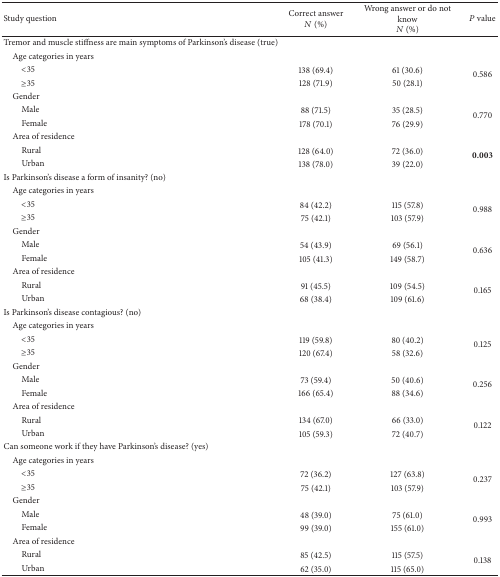
<table><thead><tr><td><b>Study question </b></td><td><b>Correct answer<i>N</i> (%)</b></td><td><b>Wrong answer or do not know<i>N</i> (%)</b></td><td><b><i>P</i> value</b></td></tr></thead><tbody><tr><td>Tremor and muscle stiffness are main symptoms of Parkinson&#x27;s disease (true)</td><td> </td><td> </td><td> </td></tr><tr><td> Age categories in years</td><td> </td><td> </td><td> </td></tr><tr><td>&lt;35 </td><td>138 (69.4)</td><td>61 (30.6)</td><td rowspan="2">0.586</td></tr><tr><td>≥35</td><td>128 (71.9)</td><td>50 (28.1)</td></tr><tr><td> Gender</td><td> </td><td> </td><td> </td></tr><tr><td>Male</td><td>88 (71.5)</td><td>35 (28.5)</td><td rowspan="2">0.770</td></tr><tr><td>Female</td><td>178 (70.1)</td><td>76 (29.9)</td></tr><tr><td> Area of residence</td><td> </td><td> </td><td> </td></tr><tr><td>Rural </td><td>128 (64.0)</td><td>72 (36.0)</td><td rowspan="2"><b>0.003</b></td></tr><tr><td>Urban</td><td>138 (78.0)</td><td>39 (22.0)</td></tr><tr><td>Is Parkinson&#x27;s disease a form of insanity? (no)</td><td> </td><td> </td><td> </td></tr><tr><td> Age categories in years</td><td> </td><td> </td><td> </td></tr><tr><td>&lt;35 </td><td>84 (42.2)</td><td>115 (57.8)</td><td rowspan="2">0.988</td></tr><tr><td>≥35</td><td>75 (42.1)</td><td>103 (57.9)</td></tr><tr><td> Gender</td><td> </td><td> </td><td> </td></tr><tr><td>Male</td><td>54 (43.9)</td><td>69 (56.1)</td><td rowspan="2">0.636</td></tr><tr><td>Female</td><td>105 (41.3)</td><td>149 (58.7)</td></tr><tr><td> Area of residence</td><td> </td><td> </td><td> </td></tr><tr><td>Rural </td><td>91 (45.5)</td><td>109 (54.5)</td><td rowspan="2">0.165</td></tr><tr><td>Urban</td><td>68 (38.4)</td><td>109 (61.6)</td></tr><tr><td>Is Parkinson&#x27;s disease contagious? (no)</td><td> </td><td> </td><td> </td></tr><tr><td> Age categories in years</td><td> </td><td> </td><td> </td></tr><tr><td>&lt;35 </td><td>119 (59.8)</td><td>80 (40.2)</td><td rowspan="2">0.125</td></tr><tr><td>≥35</td><td>120 (67.4)</td><td>58 (32.6)</td></tr><tr><td> Gender</td><td> </td><td> </td><td> </td></tr><tr><td>Male</td><td>73 (59.4)</td><td>50 (40.6)</td><td rowspan="2">0.256</td></tr><tr><td>Female</td><td>166 (65.4)</td><td>88 (34.6)</td></tr><tr><td> Area of residence</td><td> </td><td> </td><td> </td></tr><tr><td>Rural </td><td>134 (67.0)</td><td>66 (33.0)</td><td rowspan="2">0.122</td></tr><tr><td>Urban</td><td>105 (59.3)</td><td>72 (40.7)</td></tr><tr><td>Can someone work if they have Parkinson&#x27;s disease? (yes)</td><td> </td><td> </td><td> </td></tr><tr><td> Age categories in years</td><td> </td><td> </td><td> </td></tr><tr><td>&lt;35 </td><td>72 (36.2)</td><td>127 (63.8)</td><td rowspan="2">0.237</td></tr><tr><td>≥35</td><td>75 (42.1)</td><td>103 (57.9)</td></tr><tr><td> Gender</td><td> </td><td> </td><td> </td></tr><tr><td>Male</td><td>48 (39.0)</td><td>75 (61.0)</td><td rowspan="2">0.993</td></tr><tr><td>Female</td><td>99 (39.0)</td><td>155 (61.0)</td></tr><tr><td> Area of residence</td><td> </td><td> </td><td> </td></tr><tr><td>Rural </td><td>85 (42.5)</td><td>115 (57.5)</td><td rowspan="2">0.138</td></tr><tr><td>Urban</td><td>62 (35.0)</td><td>115 (65.0)</td></tr></tbody></table>